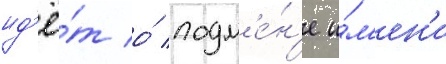
ид'ё́т о́ подм'е́н'е и́м'ен'и